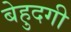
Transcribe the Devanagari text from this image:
बेहुदगी